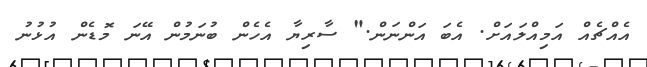
އެއްޗެއް އަމިއްލައަށް. އެބަ އަންނަން." ސާރިޔާ އެހެން ބުނަމުން އޭނަ މޮޑެން އުޅުނު